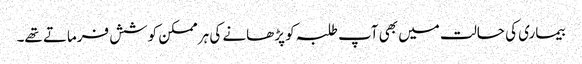
بیماری کی حالت میں بھی آپ طلبہ کو پڑھانے کی ہر ممکن کوشش فرماتے تھے۔